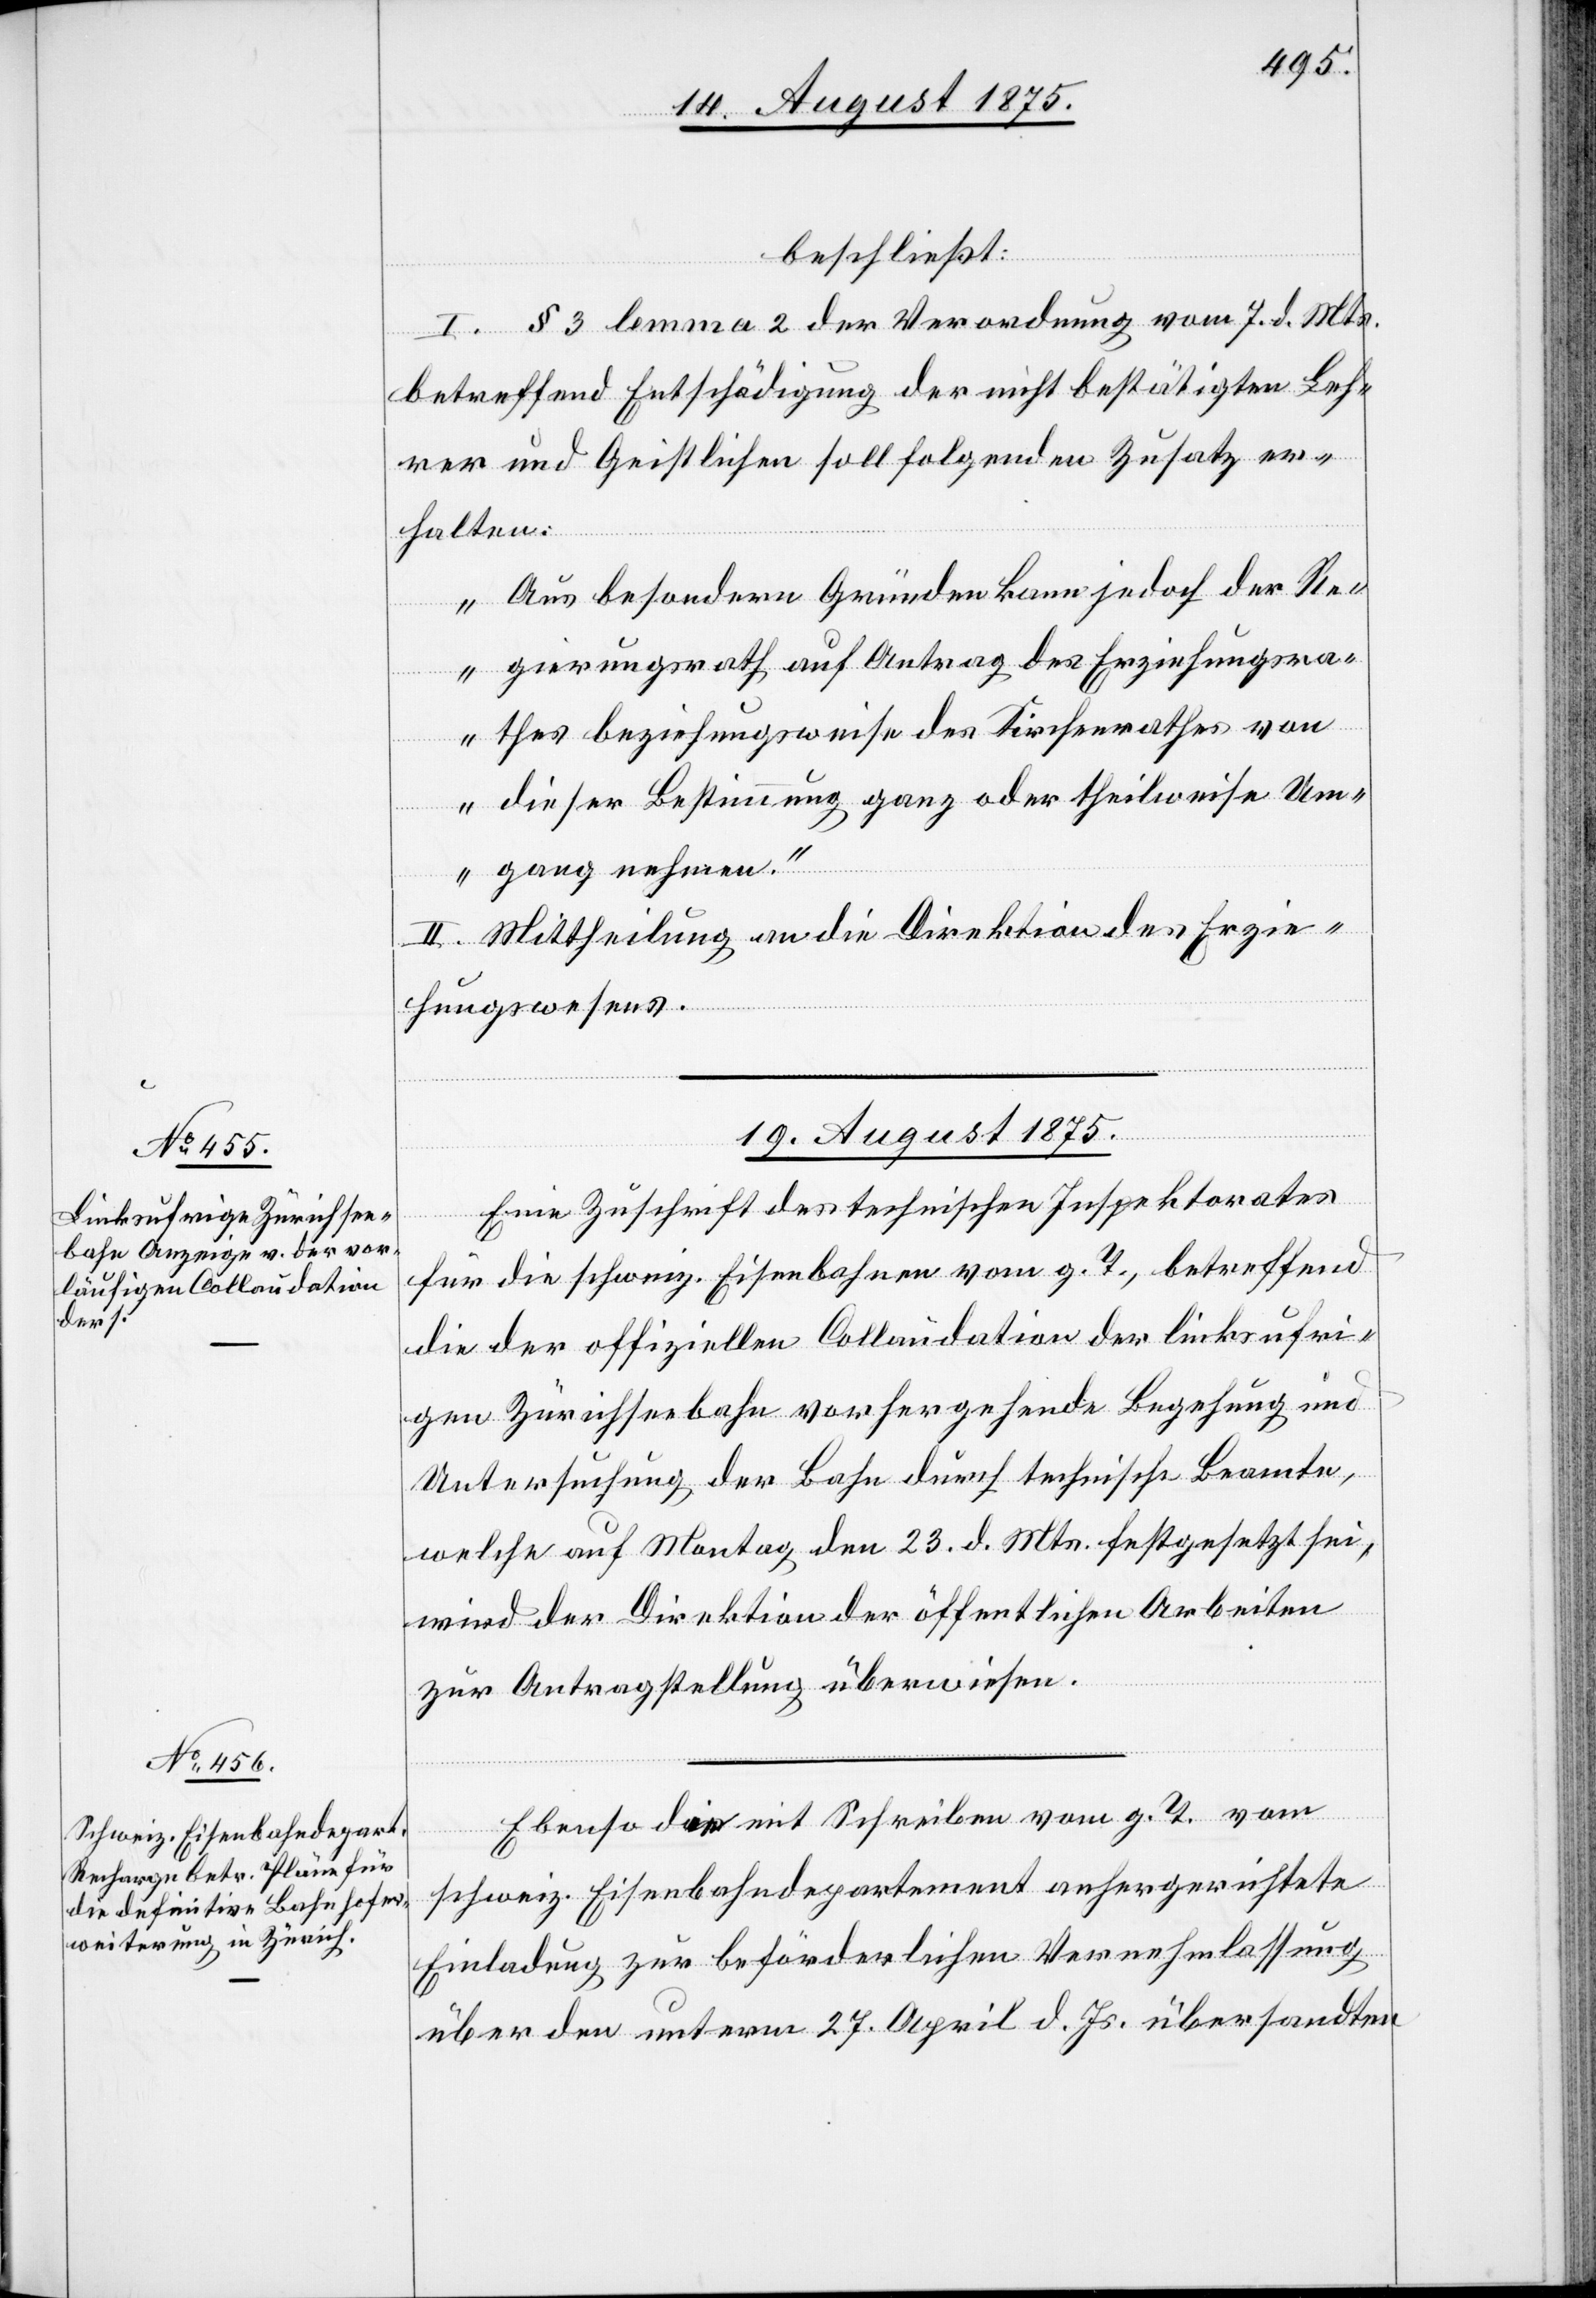
beschließt:
I. § 3 lemma 2 der Verordnung vom 7. d. Mts.
betreffend Entschädigung der nicht bestätigten Leh¬
rer und Geistlichen soll folgenden Zusatz er¬
halten:
„Aus besondern Gründen kann jedoch der Re¬
gierungsrath auf Antrag des Erziehungsra¬
thes beziehungsweise des Kirchenrathes von
dieser Bestimmung ganz oder theilweise Um¬
gang nehmen.“
II. Mittheilung an die Direktion des Erzie¬
hungswesens.
19. August 1875.]
Eine Zuschrift des technischen Inspektorates
für die schweiz. Eisenbahnen vom g. T., betreffend
die der offiziellen Collaudation der linksufri¬
gen Zürichseebahn vorhergehende Begehung und
Untersuchung der Bahn durch technische Beamte,
welche auf Montag, den 23. d. Mts. festgesetzt sei,
wird der Direktion der öffentlichen Arbeiten
zur Antragstellung überwiesen.
Ebenso die mit Schrieben vom g. T. vom
schweiz. Eisenbahndepartement angerichtete
Einladung zur beförderlichen Vernehmlassung
über den unterm 27. April d. Js. übersandten